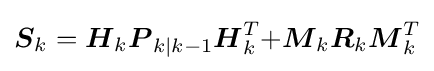
{\boldsymbol {S}}_{k}={{\boldsymbol {H}}_{k}}{{\boldsymbol {P}}_{k|k-1}}{{\boldsymbol {H}}_{k}^{T}}{+}{{\boldsymbol {M}}_{k}}{{\boldsymbol {R}}_{k}}{{\boldsymbol {M}}_{k}^{T}}